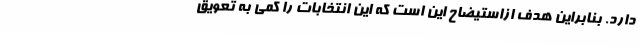
دارد. بنابراین هدف ازاستیضاح این است که این انتخابات را کمی به تعویق